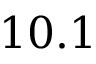
1 0 . 1